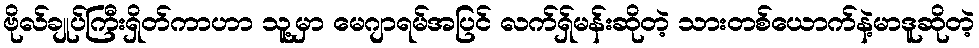
ဗိုလ်ချုပ်ကြီးရှိတ်ကာဟာ သူ့မှာ မေဂျာရမ်အပြင် လက်ရှ်မန်းဆိုတဲ့ သားတစ်ယောက်နဲ့မာဒူဆိုတဲ့